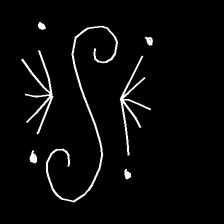
Glyph: aeroform